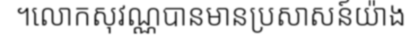
។លោកសុវណ្ណបានមានប្រសាសន៍យ៉ាង